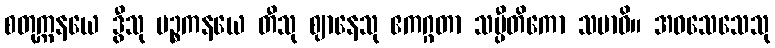
စတုက္ကနယေ ဒွီသု ပဉ္စကနယေ တီသု ဈာနေသု ဧကဂ္ဂတာ သပ္ပီတိကော သမာဓိ။ အဝသေသေသု